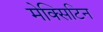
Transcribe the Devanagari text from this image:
मेक्सिटिन